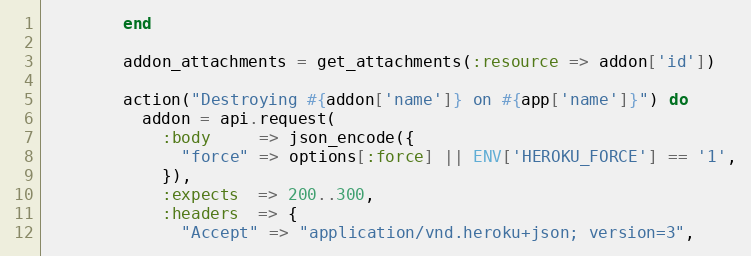
Language: Ruby
        end

        addon_attachments = get_attachments(:resource => addon['id'])

        action("Destroying #{addon['name']} on #{app['name']}") do
          addon = api.request(
            :body     => json_encode({
              "force" => options[:force] || ENV['HEROKU_FORCE'] == '1',
            }),
            :expects  => 200..300,
            :headers  => {
              "Accept" => "application/vnd.heroku+json; version=3",